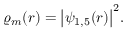
\varrho _ { m } ( r ) = \big | \psi _ { 1 , 5 } ( r ) \big | ^ { 2 } .